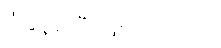
ခံနေရပြီ ဖြစ်ပါတယ်။